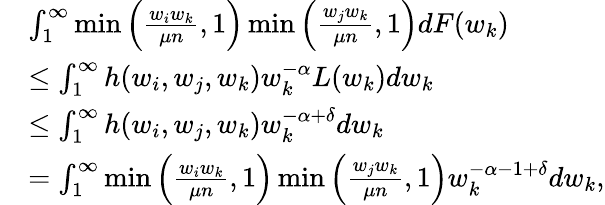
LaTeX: \begin{array}{rl}&{\int_{1}^{\infty}\operatorname*{min}\Big(\frac{w_{i}w_{k}}{\mu n},1\Big)\operatorname*{min}\Big(\frac{w_{j}w_{k}}{\mu n},1\Big)dF(w_{k})}\\ &{\leq\int_{1}^{\infty}h(w_{i},w_{j},w_{k})w_{k}^{-\alpha}L(w_{k})dw_{k}}\\ &{\leq\int_{1}^{\infty}h(w_{i},w_{j},w_{k})w_{k}^{-\alpha+\delta}dw_{k}}\\ &{=\int_{1}^{\infty}\operatorname*{min}\Big(\frac{w_{i}w_{k}}{\mu n},1\Big)\operatorname*{min}\Big(\frac{w_{j}w_{k}}{\mu n},1\Big)w_{k}^{-\alpha-1+\delta}dw_{k},}\end{array}